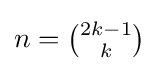
n={\tbinom {2k-1}{k}}